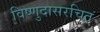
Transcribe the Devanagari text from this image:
विष्णुदासरचित